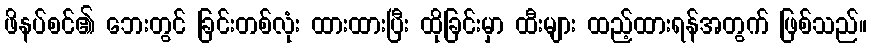
ဖိနပ်စင်၏ ဘေးတွင် ခြင်းတစ်လုံး ထားထားပြီး ထိုခြင်းမှာ ထီးများ ထည့်ထားရန်အတွက် ဖြစ်သည်။